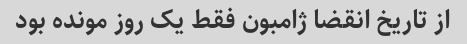
از تاریخ انقضا ژامبون فقط یک روز مونده بود